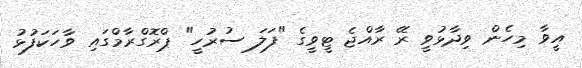
އީވާ މިހެން ވިދާޅުވީ ރޭ ރާއްޖެ ޓީވީގެ "ފަލަ ސުރުހީ" ޕްރޮގްރާމްގައި ވާހަކަފުޅު